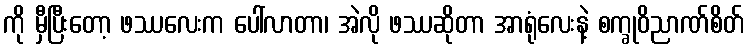
ကို မှီပြီးတော့ ဖဿလေးက ပေါ်လာတာ၊ အဲလို ဖဿဆိုတာ အာရုံလေးနဲ့ စက္ခုဝိညာဏ်စိတ်